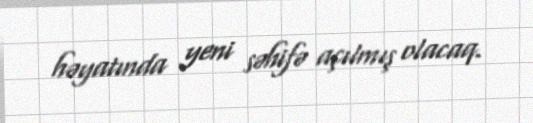
həyatında yeni səhifə açılmış olacaq.